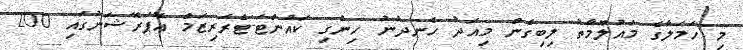
މި ހަމަލާގެ މައުލޫމާތު ލިބިގެން މިއަދު ހެނދުނު ހިންގި ކައުންޓަ-ޓެރަރިޒަމް އޮޕަރޭޝަނުގައި 200